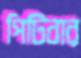
পিটিবার